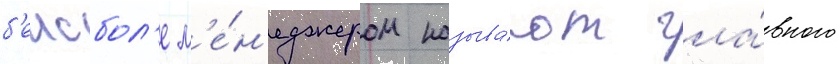
б'еисбол'е м'е́н'еджером называ́ют гла́вного